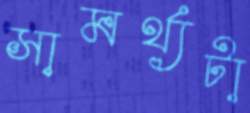
সামর্থ্যটা